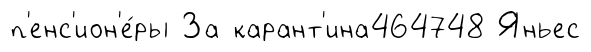
п'енс'ион'е́ры За карант'ина464748 Яньес